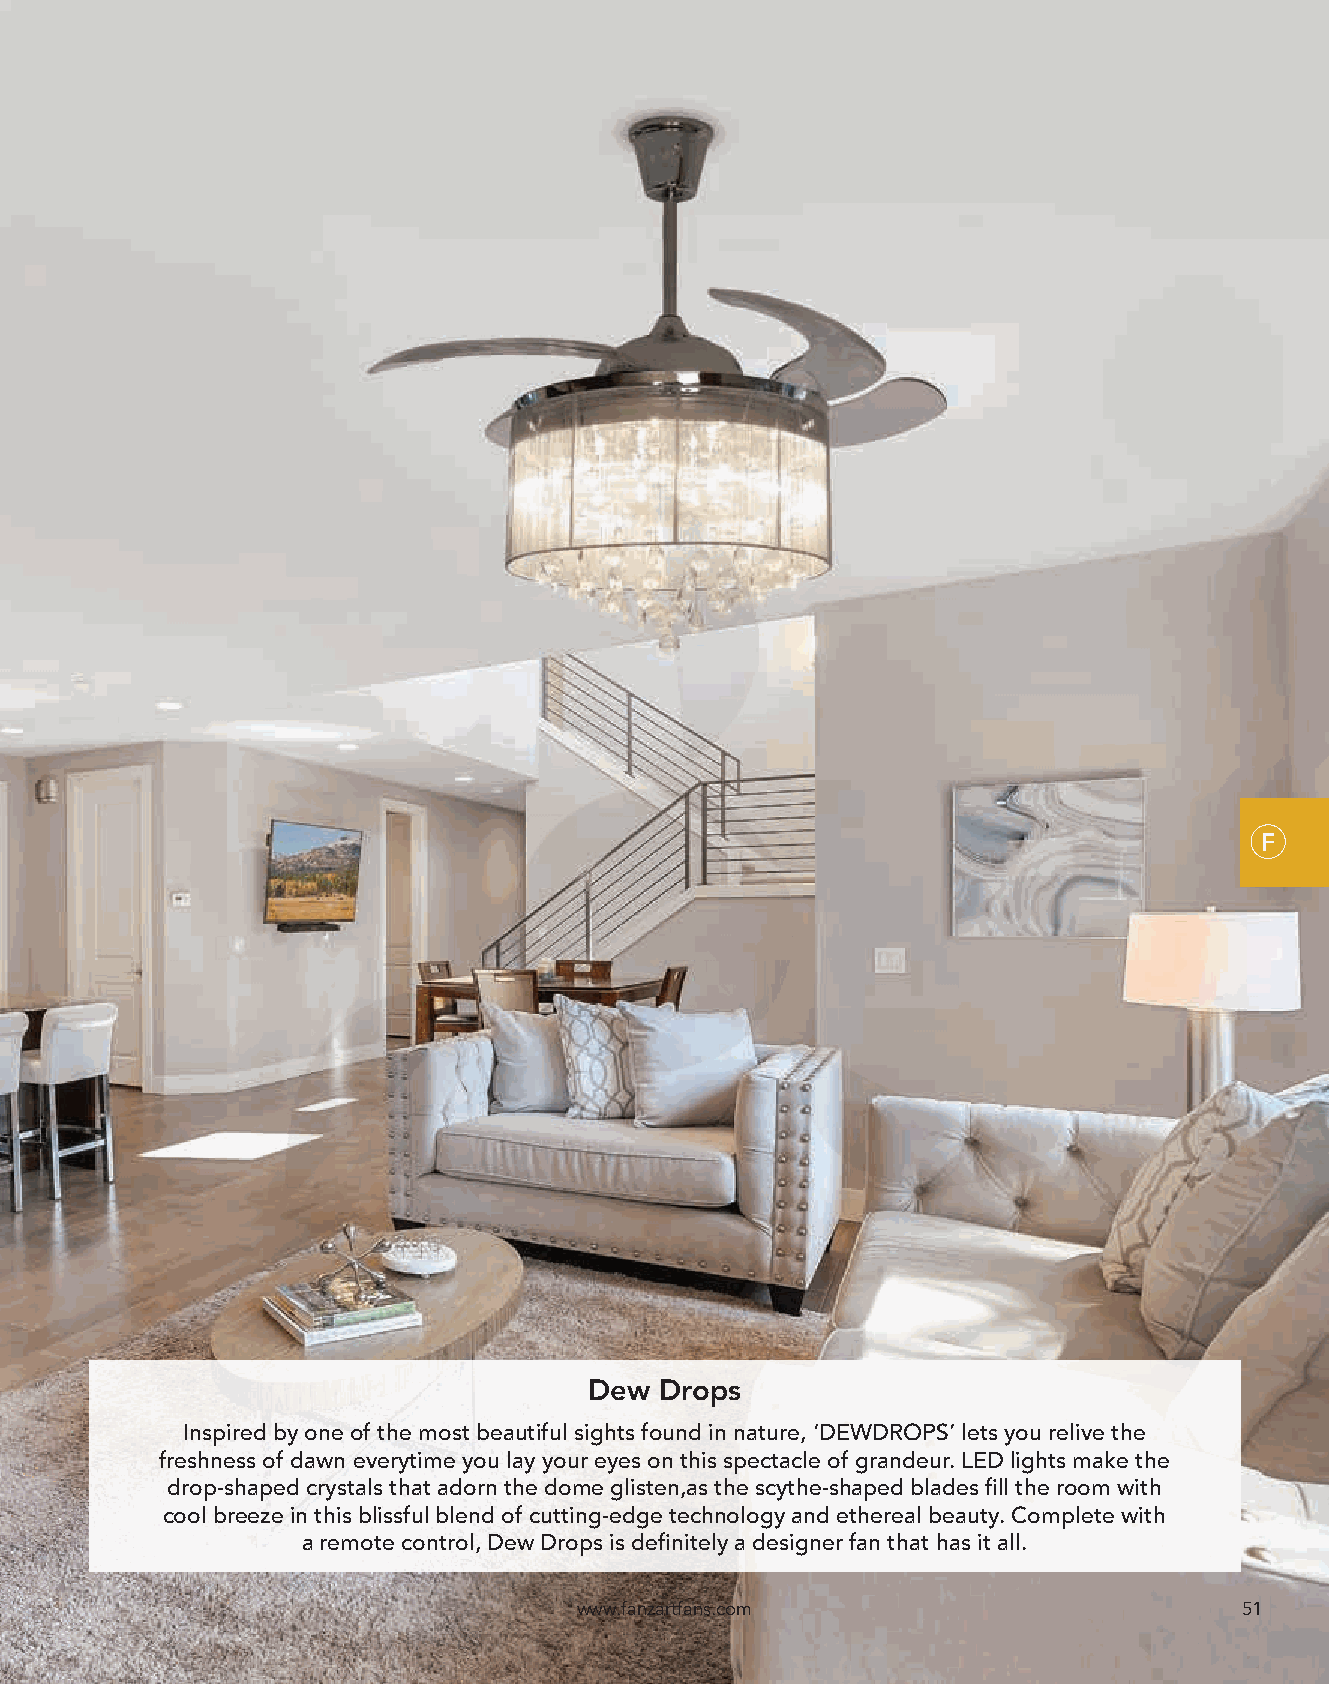
F
 Dew  Drops
 Inspired by one of the most beautiful sights found in nature, ‘DEWDROPS’ lets you relive the
 freshness of dawn everytime you lay your eyes on this spectacle of grandeur. LED lights make the
 drop-shaped crystals that adorn the dome glisten,as the scythe-shaped blades fill the room with
 cool breeze in this blissful blend of cutting-edge technology and ethereal beauty. Complete with
 a remote control, Dew Drops is definitely a designer fan that has it all.
 www.fanzartfans.com                         51